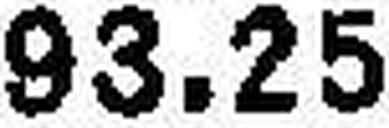
93.25